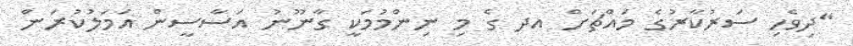
"ދިވެހި ސަރުކާރުގެ މައްޗަށް އދ ގެ މި ނިންމުމަކީ ގާނޫނު އަސާސީން އަމަލުކުރަން